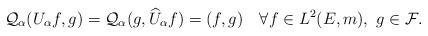
LaTeX: \begin{align*}\mathcal{Q}_{\alpha}(U_{\alpha}f,g)=\mathcal{Q}_{\alpha}(g,\widehat{U}_{\alpha}f)=(f,g)\quad\forall f\in L^{2}(E,m),\ g\in\mathcal{F}.\end{align*}